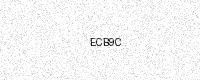
Text: ECB9C